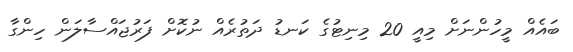
ބައެއް މީހުންނަށް މިއީ 20 މިނިޓުގެ ކަނޑު ދަތުރެއް ނުކޮށް ފަރުޖައްސާލަން ހިންގާ